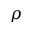
\rho